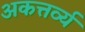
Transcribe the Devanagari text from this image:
अकत्तर्व्य